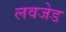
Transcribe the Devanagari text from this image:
लवजेड